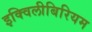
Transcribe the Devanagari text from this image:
इक्विलीबिरियम